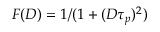
F ( D ) = 1 / ( 1 + ( D \tau _ { p } ) ^ { 2 } )